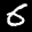
Label: 6